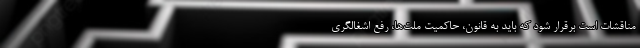
مناقشات است برقرار شود که باید به قانون، حاکمیت ملت‌ها، رفع اشغالگری